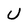
Character: U